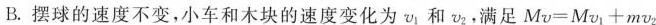
B.摆球的速度不变，小车和木块的速度变化为v_{1}和v_{2}。满足$$M v = M v _ { 1 } + m v _ { 2 }$$